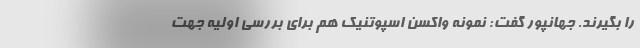
را بگیرند. جهانپور گفت: نمونه واکسن اسپوتنیک هم برای بررسی اولیه جهت